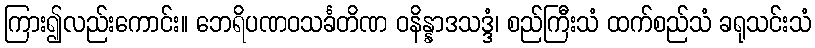
ကြား၍လည်းကောင်း။ ဘေရိပဏဝသင်္ခတိဏ ဝနိန္နာဒသဒ္ဒံ၊ စည်ကြီးသံ ထက်စည်သံ ခရုသင်းသံ